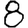
Digit: 8